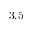
3 . 5